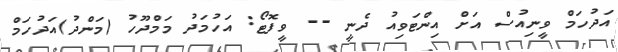
އަދުހަމް ވީނިއުސް އަށް އިންޓަވިއު ދެނީ -- ވީފޮޓޯ: އަހުމަދު މަމްދޫހު (މަންދު)އަދުހަމް